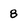
Character: 8